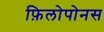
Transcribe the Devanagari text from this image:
फ़िलोपोनस